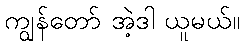
ကျွန်တော် အဲ့ဒါ ယူမယ်။